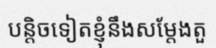
បន្តិចទៀតខ្ញុំនឹងសម្តែងតួ